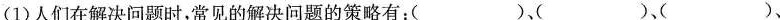
(1)人们在解决问题时，常见的解决问题的策略有：()、()、()